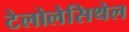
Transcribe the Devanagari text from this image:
टेलोलेसिथेल